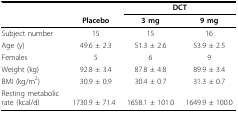
|  |  | <COLSPAN=2> DCT |
 |  | Placebo | 3 mg | 9 mg |
 | --- | --- | --- | --- |
 | Subject number | 15 | 15 | 16 |
 | Age (y) | 49.6 ± 2.3 | 51.3 ± 2.6 | 53.9 ± 2.5 |
 | Females | 5 | 6 | 9 |
 | Weight (kg) | 92.8 ± 3.4 | 87.8 ± 4.8 | 89.9 ± 3.4 |
 | BMI (kg/m2) | 30.9 ± 0.9 | 30.4 ± 0.7 | 31.3 ± 0.7 |
 | Resting metabolic rate (kcal/d) | 1730.9 ± 71.4 | 1658.1 ± 101.0 | 1649.9 ± 100.0 |